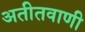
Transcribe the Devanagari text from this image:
अतीतवाणी